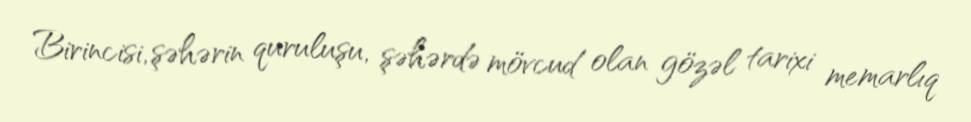
Birincisi, şəhərin quruluşu, şəhərdə mövcud olan gözəl tarixi memarlıq